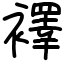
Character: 襗